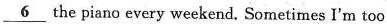
\underline{6} the piano every weekend. Sometimes I'm too